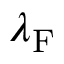
\lambda _ { \mathrm { F } }